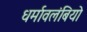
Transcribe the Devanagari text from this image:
धर्मावलंबियो